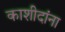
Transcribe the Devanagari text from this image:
काशीदांना